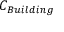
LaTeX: C _ { B u i l d i n g } \,